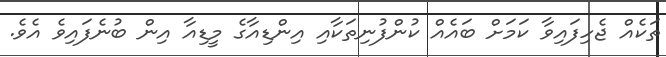
ތަކެއް ޖެހިފައިވާ ކަމަށް ބައެއް ކުންފުނިތަކާއި އިންޑިއާގެ މީޑިއާ އިން ބުނެފައިވެ އެވެ.